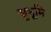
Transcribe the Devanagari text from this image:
सुभूमि